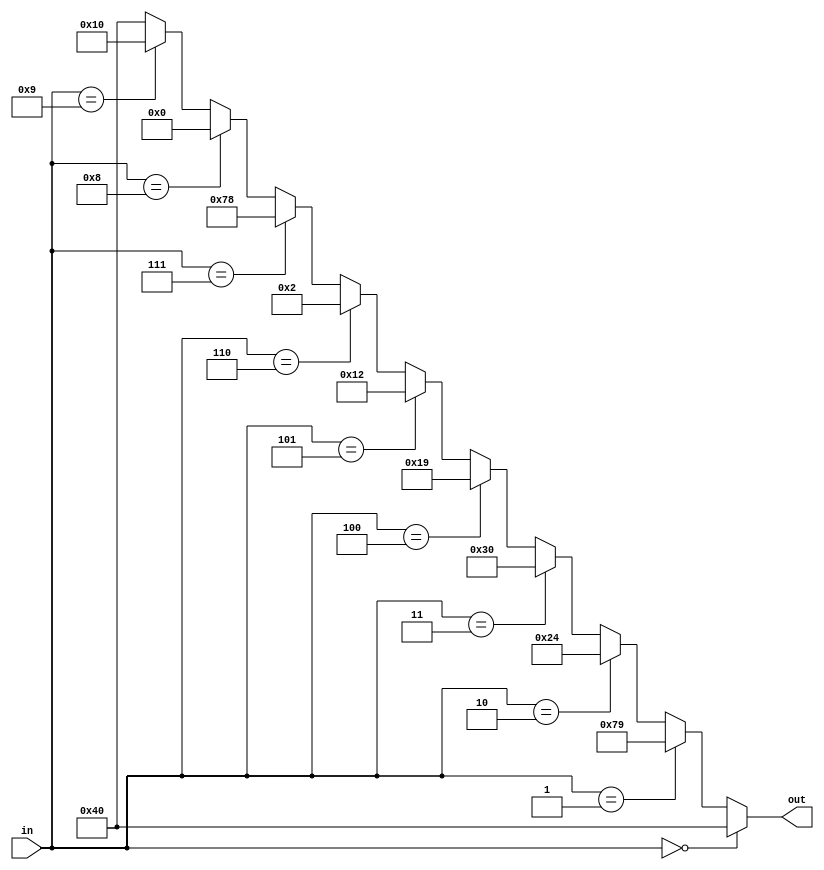
// Convert 4bit binary number to seven segment representation
module sevenSegment(in, out);

input wire [3:0] in;
output wire [6:0] out;

assign out = (in == 4'b0000) ? 7'h40 : 
			 (in == 4'b0001) ? 7'h79 :
			 (in == 4'b0010) ? 7'h24 :
			 (in == 4'b0011) ? 7'h30 :
			 (in == 4'b0100) ? 7'h19 :
			 (in == 4'b0101) ? 7'h12 :
			 (in == 4'b0110) ? 7'h02 :
			 (in == 4'b0111) ? 7'h78 :
			 (in == 4'b1000) ? 7'h00 :
		     (in == 4'b1001) ? 7'h10 :
			 //default
			 7'h40;		
endmodule